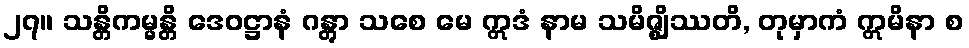
၂၇။ သန္တိကမ္မန္တိ ဒေဝဋ္ဌာနံ ဂန္တွာ သစေ မေ ဣဒံ နာမ သမိဇ္ဈိဿတိ, တုမှာကံ ဣမိနာ စ